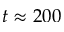
t \approx 2 0 0